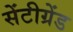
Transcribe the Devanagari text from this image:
सेंटीग्रेंड